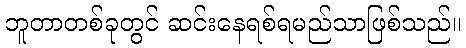
ဘူတာတစ်ခုတွင် ဆင်းနေရစ်ရမည်သာဖြစ်သည်။